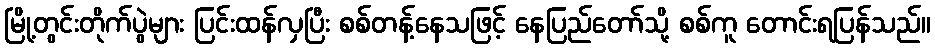
မြို့တွင်းတိုက်ပွဲများ ပြင်းထန်လှပြီး စစ်တန့်နေသဖြင့် နေပြည်တော်သို့ စစ်ကူ တောင်းရပြန်သည်။